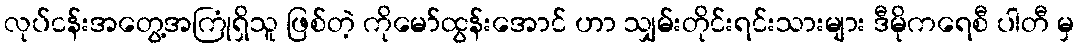
လုပ်ငန်းအတွေ့အကြုံရှိသူ ဖြစ်တဲ့ ကိုမော်ထွန်းအောင် ဟာ သျှမ်းတိုင်းရင်းသားများ ဒီမိုကရေစီ ပါတီ မှ